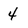
Character: 4